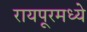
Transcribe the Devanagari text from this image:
रायपूरमध्ये